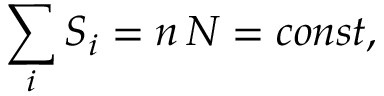
\sum _ { i } S _ { i } = n \, N = c o n s t ,